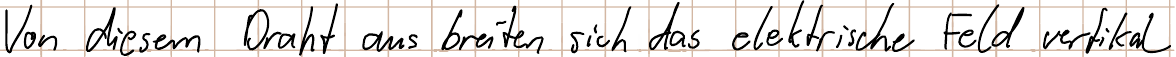
Von diesem Draht aus breiten sich das elektrische Feld vertikal